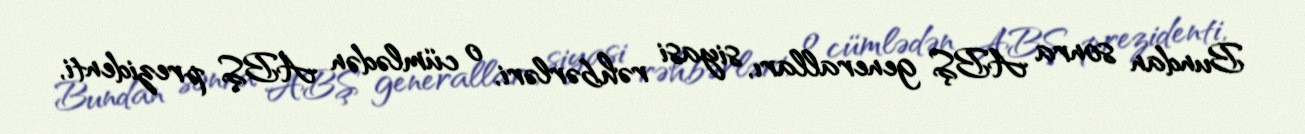
Bundan sonra ABŞ generalları, siyasi rəhbərləri, o cümlədən ABŞ prezidenti,